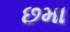
છમા